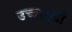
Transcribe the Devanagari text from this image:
उच्चादर्शों